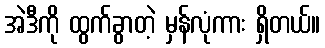
အဲဒီကို ထွက်ခွာတဲ့ မှန်လုံကား ရှိတယ်။